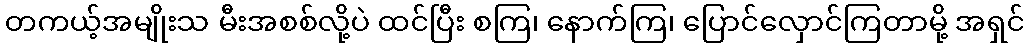
တကယ့်အမျိုးသ မီးအစစ်လို့ပဲ ထင်ပြီး စကြ၊ နောက်ကြ၊ ပြောင်လှောင်ကြတာမို့ အရှင်